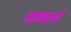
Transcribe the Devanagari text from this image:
वठले